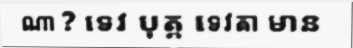
ណា ? ទេវ បុត្ត ទេវតា មាន